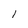
Character: l